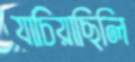
যাচিয়াছিলি